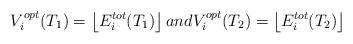
LaTeX: \begin{align*}V_i^{opt}(T_1)=\left\lfloor E_i^{tot}(T_1)\right\rfloor and V_i^{opt}(T_2)=\left\lfloor E_i^{tot}(T_2)\right\rfloor\end{align*}